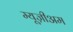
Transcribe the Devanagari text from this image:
म्यूज़ीअम